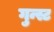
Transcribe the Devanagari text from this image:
गुन्स्ट